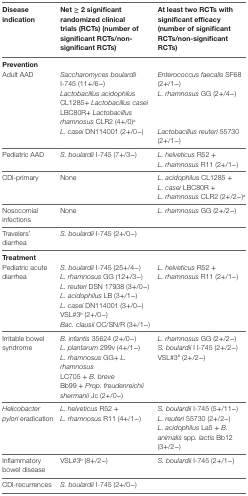
<table><thead><tr><td><b>Disease indication</b></td><td><b>Net ≥ 2 significant randomized clinical trials (RCTs) (number of significant RCTs/non-significant RCTs)</b></td><td><b>At least two RCTs with significant efficacy (number of significant RCTs/non-significant RCTs)</b></td></tr></thead><tbody><tr><td colspan="3"><b>Prevention</b></td></tr><tr><td rowspan="3">Adult AAD</td><td><i>Saccharomyces boulardii</i> I-745 (11+/6−)</td><td><i>Enterococcus faecalis</i> SF68 (2+/1−)</td></tr><tr><td><i>Lactobacillus acidophilus</i> CL1285+ <i>Lactobacillus casei</i> LBC80R+ <i>Lactobacillus rhamnosus</i> CLR2 (4+/0)<sup>a</sup></td><td><i>L. rhamnosus</i> GG (2+/4−)</td></tr><tr><td><i>L. casei</i> DN114001 (2+/0−)</td><td><i>Lactobacillus reuteri</i> 55730 (2+/1−)</td></tr><tr><td>Pediatric AAD</td><td><i>S. boulardii</i> I-745 (7+/3−)</td><td><i>L. helveticus</i> R52 +<i>L. rhamnosus</i> R11 (2+/1−)</td></tr><tr><td>CDI-primary</td><td>None</td><td><i>L. acidophilus</i> CL1285 +<i>L. casei</i> LBC80R + <i>L. rhamnosus</i> CLR2 (2+/2−)<sup>a</sup></td></tr><tr><td>Nosocomial infections</td><td>None</td><td><i>L. rhamnosus</i> GG (2+/2−)</td></tr><tr><td>Travelers’ diarrhea</td><td><i>S. boulardii</i> I-745 (2+/0−)</td><td></td></tr><tr><td colspan="3"><b>Treatment</b></td></tr><tr><td rowspan="7">Pediatric acute diarrhea</td><td><i>S. boulardii</i> I-745 (25+/4−)</td><td rowspan="7"><i>L. helveticus</i> R52 +<i>L. rhamnosus</i> R11 (2+/1−)</td></tr><tr><td><i>L. rhamnosus</i> GG (12+/3−)</td></tr><tr><td><i>L. reuteri</i> DSN 17938 (3+/0−)</td></tr><tr><td><i>L. acidophilus</i> LB (3+/1−)</td></tr><tr><td><i>L. casei</i> DN114001 (3+/0−)</td></tr><tr><td>VSL#3<sup>b</sup> (2+/0−)</td></tr><tr><td><i>Bac. clausii</i> OC/SN/R (3+/1−)</td></tr><tr><td rowspan="4">Irritable bowel syndrome</td><td><i>B. infantis</i> 35624 (2+/0−)</td><td><i>L. rhamnosus</i> GG (2+/2−)</td></tr><tr><td><i>L. plantarum</i> 299v (4+/1−)</td><td><i>S. boulardii</i> I I-745 (2+/2−)</td></tr><tr><td><i>L. rhamnosus</i> GG+ <i>L. rhamnosus</i></td><td rowspan="2">VSL#3<sup>b</sup> (2+/2−)</td></tr><tr><td>LC705 + <i>B. breve</i> Bb99 + <i>Prop. freudenreichii shermanii</i> Jc (2+/0−)</td></tr><tr><td rowspan="3"><i>Helicobacter pylori</i> eradication</td><td rowspan="3"><i>L. helveticus</i> R52 + <i>L. rhamnosus</i> R11 (4+/1−)</td><td><i>S. boulardii</i> I-745 (5+/11−)</td></tr><tr><td><i>L. reuteri</i> 55730 (2+/2−)</td></tr><tr><td><i>L. acidophilus</i> La5 + <i>B. animalis</i> spp<i>. lactis</i> Bb12 (3+/2−)</td></tr><tr><td>Inflammatory bowel disease</td><td>VSL#3<sup>b</sup> (8+/2−)</td><td><i>S. boulardii</i> I-745 (2+/1−)</td></tr><tr><td>CDI-recurrences</td><td><i>S. boulardii</i> I-745 (2+/0−)</td></tr></tbody></table>